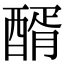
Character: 醑